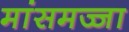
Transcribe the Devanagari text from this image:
मांसमज्जा